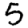
Digit: 5